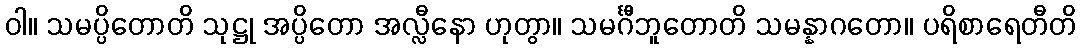
ဝါ။ သမပ္ပိတောတိ သုဋ္ဌု အပ္ပိတော အလ္လီနော ဟုတွာ။ သမင်္ဂီဘူတောတိ သမန္နာဂတော။ ပရိစာရေတီတိ